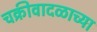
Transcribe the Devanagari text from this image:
चक्रीवादळाच्या